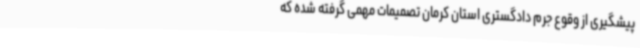
پیشگیری از وقوع جرم دادگستری استان کرمان تصمیمات مهمی گرفته شده که